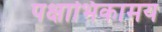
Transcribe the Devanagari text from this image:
पक्षाभिकामय